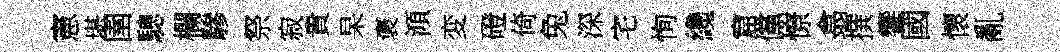
憲堪圉驄欄驂祭寂貴杲褒澒変磴倚兔深宅恂纔窟儻憭翕撰饗國懷亂